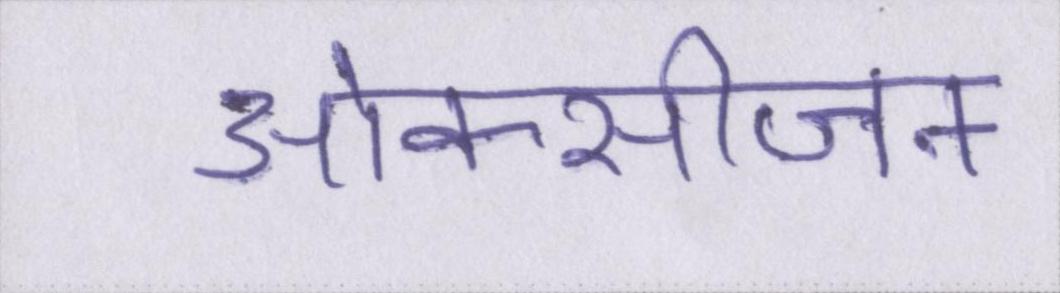
ओक्सीजन